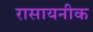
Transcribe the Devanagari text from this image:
रासायनीक